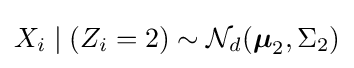
X_{i}\mid (Z_{i}=2)\sim {\mathcal {N}}_{d}({\boldsymbol {\mu }}_{2},\Sigma _{2})